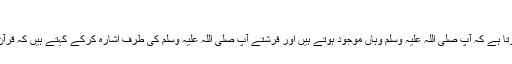
بعض لوگ کہتے ہیں کہ
اِس حدیث میں ھَذَا اِسم اشارہ قریب کے لیے ہے جس سے معلوم ہوتا ہے کہ آپ صلی اللہ علیہ وسلم وہاں موجود ہوتے ہیں اور فرشتے آپ صلی اللہ علیہ وسلم کی طرف اشارہ کرکے کہتے ہیں کہ قرآن وسنت کی روشنی میں صحیح جواب دے کر عنداللہ ماجور ہوں ۔